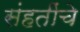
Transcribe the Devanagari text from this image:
संहतींचे